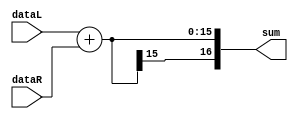
`timescale 1ns / 1ps
//////////////////////////////////////////////////////////////////////////////////

//////////////////////////////////////////////////////////////////////////////////
module ADDER(sum,
             dataL,
             dataR);
parameter n=16, // multiplicand width size 
          m=16; // mulitplier width size 
          
output[n:0] sum;
input[n-1:0] dataL,
             dataR;
wire[n-1:0] S;
assign S=dataL+dataR;
assign sum={S[n-1],S};            
endmodule